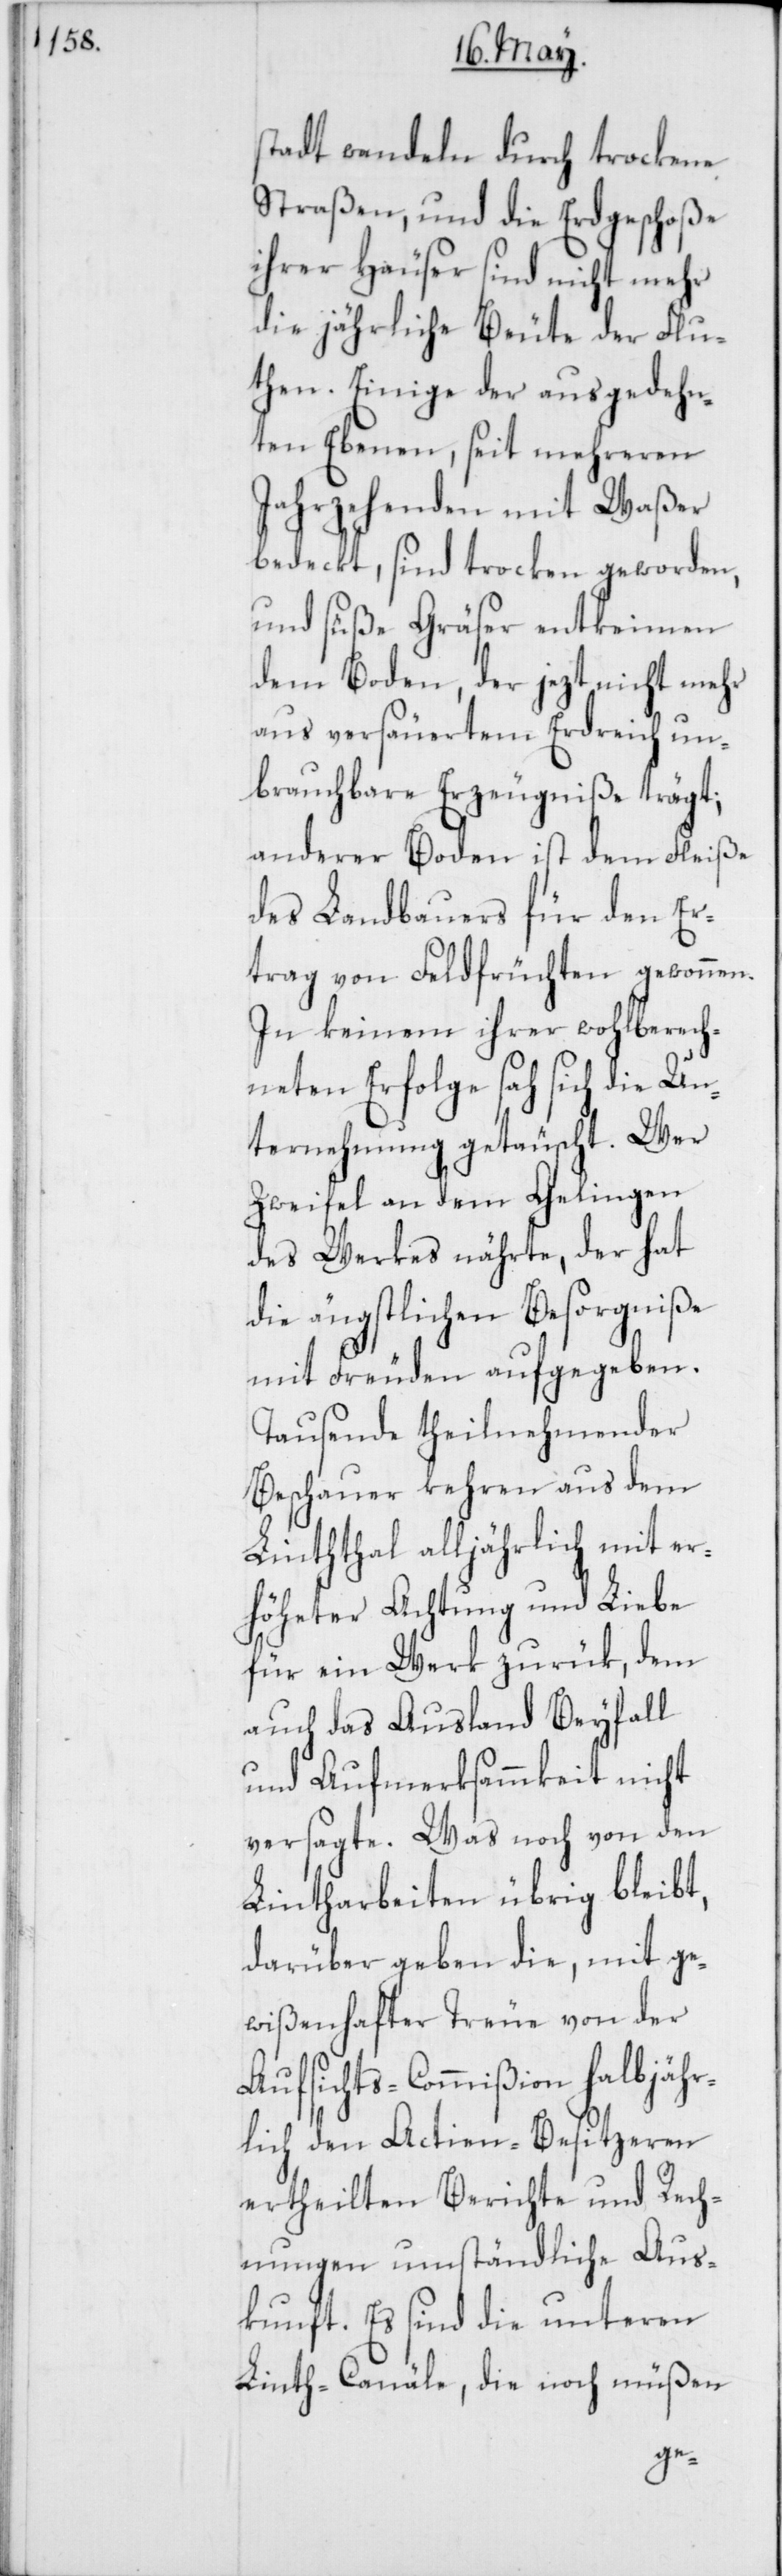
stadt wandeln durch trockene
Straßen, und die Erdgeschoße
ihrer Häuser sind nicht mehr
die jährliche Beute der Flu¬
then. Einige der ausgedehn¬
ten Ebenen, seit mehreren
Jahrzehenden mit Waßer
bedeckt, sind trocken geworden,
und süße Gräser entkeimen
dem Boden, der jezt nicht mehr
aus versäuertem Erdreich un¬
brauchbare Erzeugniße trägt;
anderer Boden ist dem Fleiße
des Landbauers für den Er¬
trag von Feldfrüchten gewonnen.
In keinem ihrer wohlberech¬
neten Erfolge sah sich die Un¬
ternehmung getäuscht. Wer
Zweifel an dem Gelingen
des Werkes nährte, der hat
die ängstlichen Besorgniße
mit Freuden aufgegeben.
Tausende theilnehmender
Beschauer kehren aus dem
Linththal alljährlich mit er¬
höheter Achtung und Liebe
für ein Werk zurük, dem
auch das Ausland Beyfall
und Aufmerksammkeit nicht
versagte. Was noch von den
Lintharbeiten übrig bleibt,
darüber geben die, mit ge¬
wißenhafter Treue von der
Aufsichts-Commißion halbjähr¬
lich den Actien-Besitzeren
ertheilten Berichte und Rech¬
nungen umständliche Aus¬
kunft. Es sind die unteren
Linth-Canäle, die noch müßen